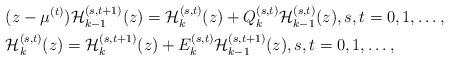
LaTeX: \begin{align*}&(z-\mu^{(t)}){\cal H}_{k-1}^{(s,t+1)}(z)={\cal H}_{k}^{(s,t)}(z)+Q_k^{(s,t)}{\cal H}_{k-1}^{(s,t)}(z),s,t=0,1,\dots,\\&{\cal H}_{k}^{(s,t)}(z)={\cal H}_{k}^{(s,t+1)}(z)+E_{k}^{(s,t)}{\cal H}_{k-1}^{(s,t+1)}(z),s,t=0,1,\dots,\end{align*}